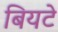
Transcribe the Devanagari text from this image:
बियटे